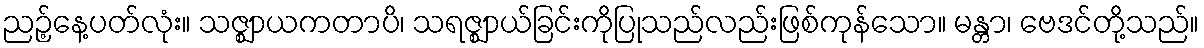
ညဉ့်နေ့ပတ်လုံး။ သဇ္ဈာယကတာပိ၊ သရဇ္ဈာယ်ခြင်းကိုပြုသည်လည်းဖြစ်ကုန်သော။ မန္တာ၊ ဗေဒင်တို့သည်။